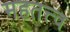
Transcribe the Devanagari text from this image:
महतत्त्व